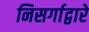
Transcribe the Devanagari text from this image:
निसर्गाद्वारे